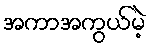
အကာအကွယ်မဲ့